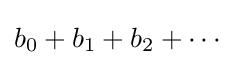
b_{0}+b_{1}+b_{2}+\cdots